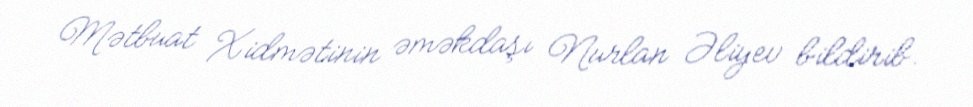
Mətbuat Xidmətinin əməkdaşı Nurlan Əliyev bildirib.